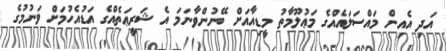
އަދި އެއިން މައްސަލައެއްގެ މަޢުލޫމާތު މީޑިއާއަށް ބޭނުންވާނަމަ އެ ޝަރީޢަތެއްގެ އަޑުއެހުމަށް ވަނުމުގެ